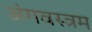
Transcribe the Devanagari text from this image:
अंगवस्त्रम